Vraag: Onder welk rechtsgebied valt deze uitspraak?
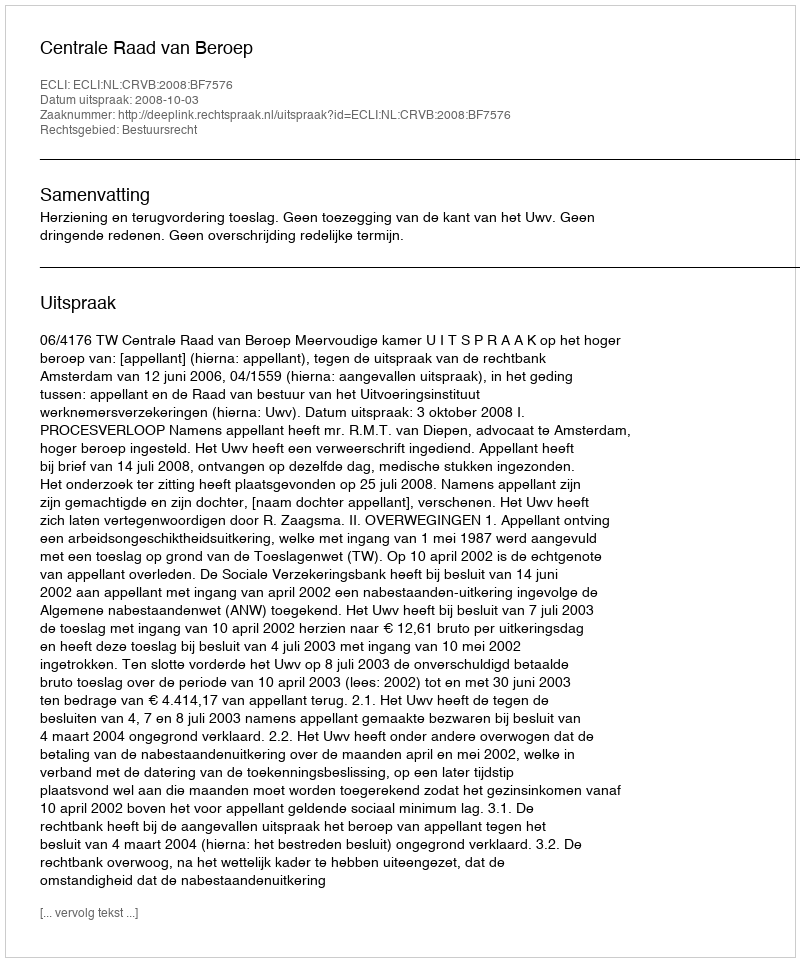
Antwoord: Bestuursrecht